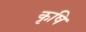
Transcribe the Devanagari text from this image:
कृषि